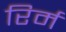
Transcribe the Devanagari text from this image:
रिर्म